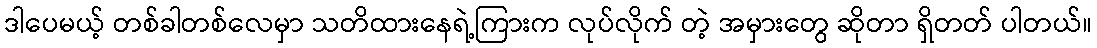
ဒါပေမယ့် တစ်ခါတစ်လေမှာ သတိထားနေရဲ့ကြားက လုပ်လိုက် တဲ့ အမှားတွေ ဆိုတာ ရှိတတ် ပါတယ်။